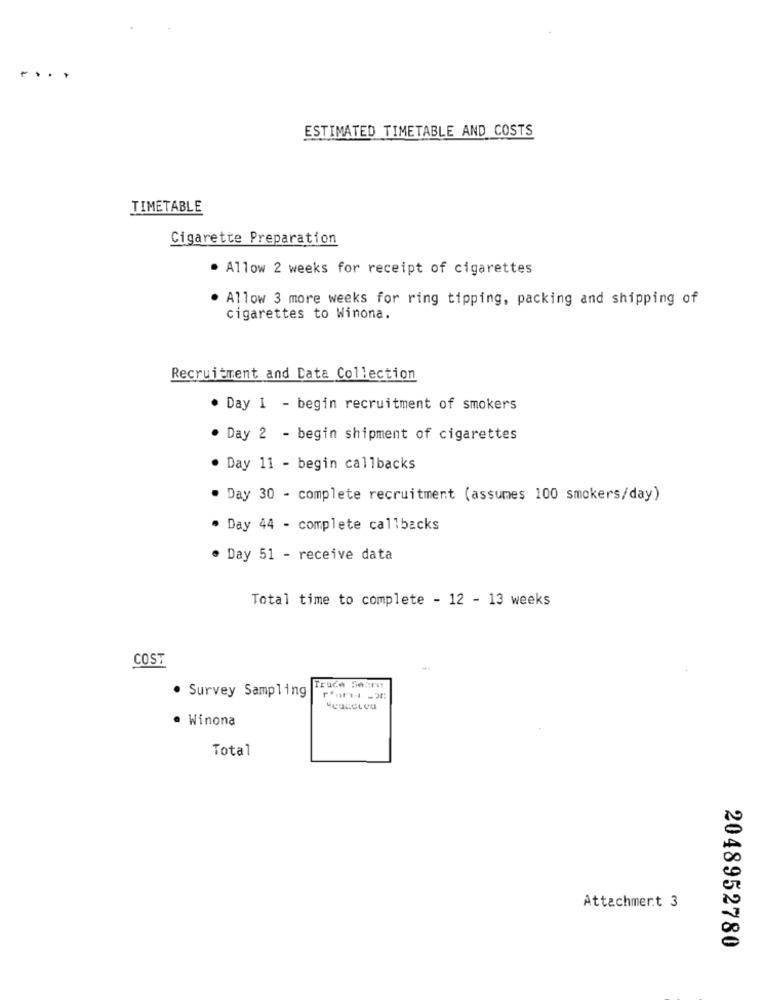
....
ESTIMATED TIMETABLE AND COSTS
TIMETABLE
Cigarette Preparation
. Allow 2 weeks for receipt of cigarettes
. Allow 3 more weeks for ring tipping, packing and shipping of
cigarettes to Winona.
Recruitment and Data Collection
. Day 1 - begin recruitment of smokers
· Day 2 - begin shipment of cigarettes
. Day 11 - begin callbacks
· Day 30 - complete recruitment (assumes 100 smokers/day)
. Day 44 - complete callbacks
· Day 51 - receive data
Total time to complete - 12 - 13 weeks
COST
Truce Se:mu
. Survey Sampling
· Winona
Total
Attachment 3
2048952780